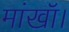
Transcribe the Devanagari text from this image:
मांखॉ।